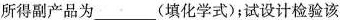
所得副产品为___(填化学式)；试设计检验该